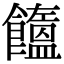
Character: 𩟤